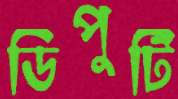
ডিপুটি